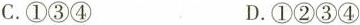
C.①③④ D.①②③④